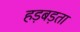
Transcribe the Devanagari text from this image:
हड़बड़ता